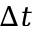
\Delta t